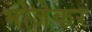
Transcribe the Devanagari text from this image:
भोजेकर